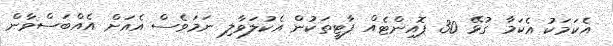
އެކަމަކު އެކަމާ ގުޅޭ 30 ޕޮއިންޓެއް ޕާޓީތަކުން އެކުލަވާލި ނަމަވެސް އެއަށް އެއްބަސްވާން